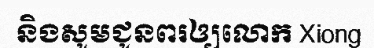
និងសូមជូនពរឲ្យលោក Xiong